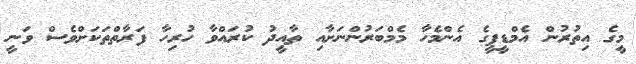
މީގެ އިތުރުން އެމްޑީޕީގެ އެންމެހާ މެމްބަރުންނަށާއި ތާއީދު ކުރައްވާ ހުރިހާ ފަރާތްތަކަށްވެސް ވަނީ